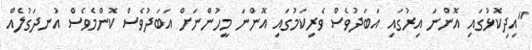
"އިދިކޮޅުގައި އޮންނަ އިރުގައި އަބަދުވެސް ވެރިކަމުގައި އޮންނަ މީހުންނަށް އަބަދުވެސް ކޮންމެވެސް އުނދަގުލެއް